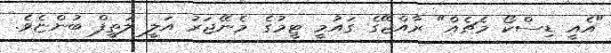
"އެއީ ޑިސްކޯ މެޗެއް" ރާއްޖޭގެ ގައުމީ ޓީމުގެ މެނޭޖަރު އަލީ ލަތީފް ބުންޏެވެ.